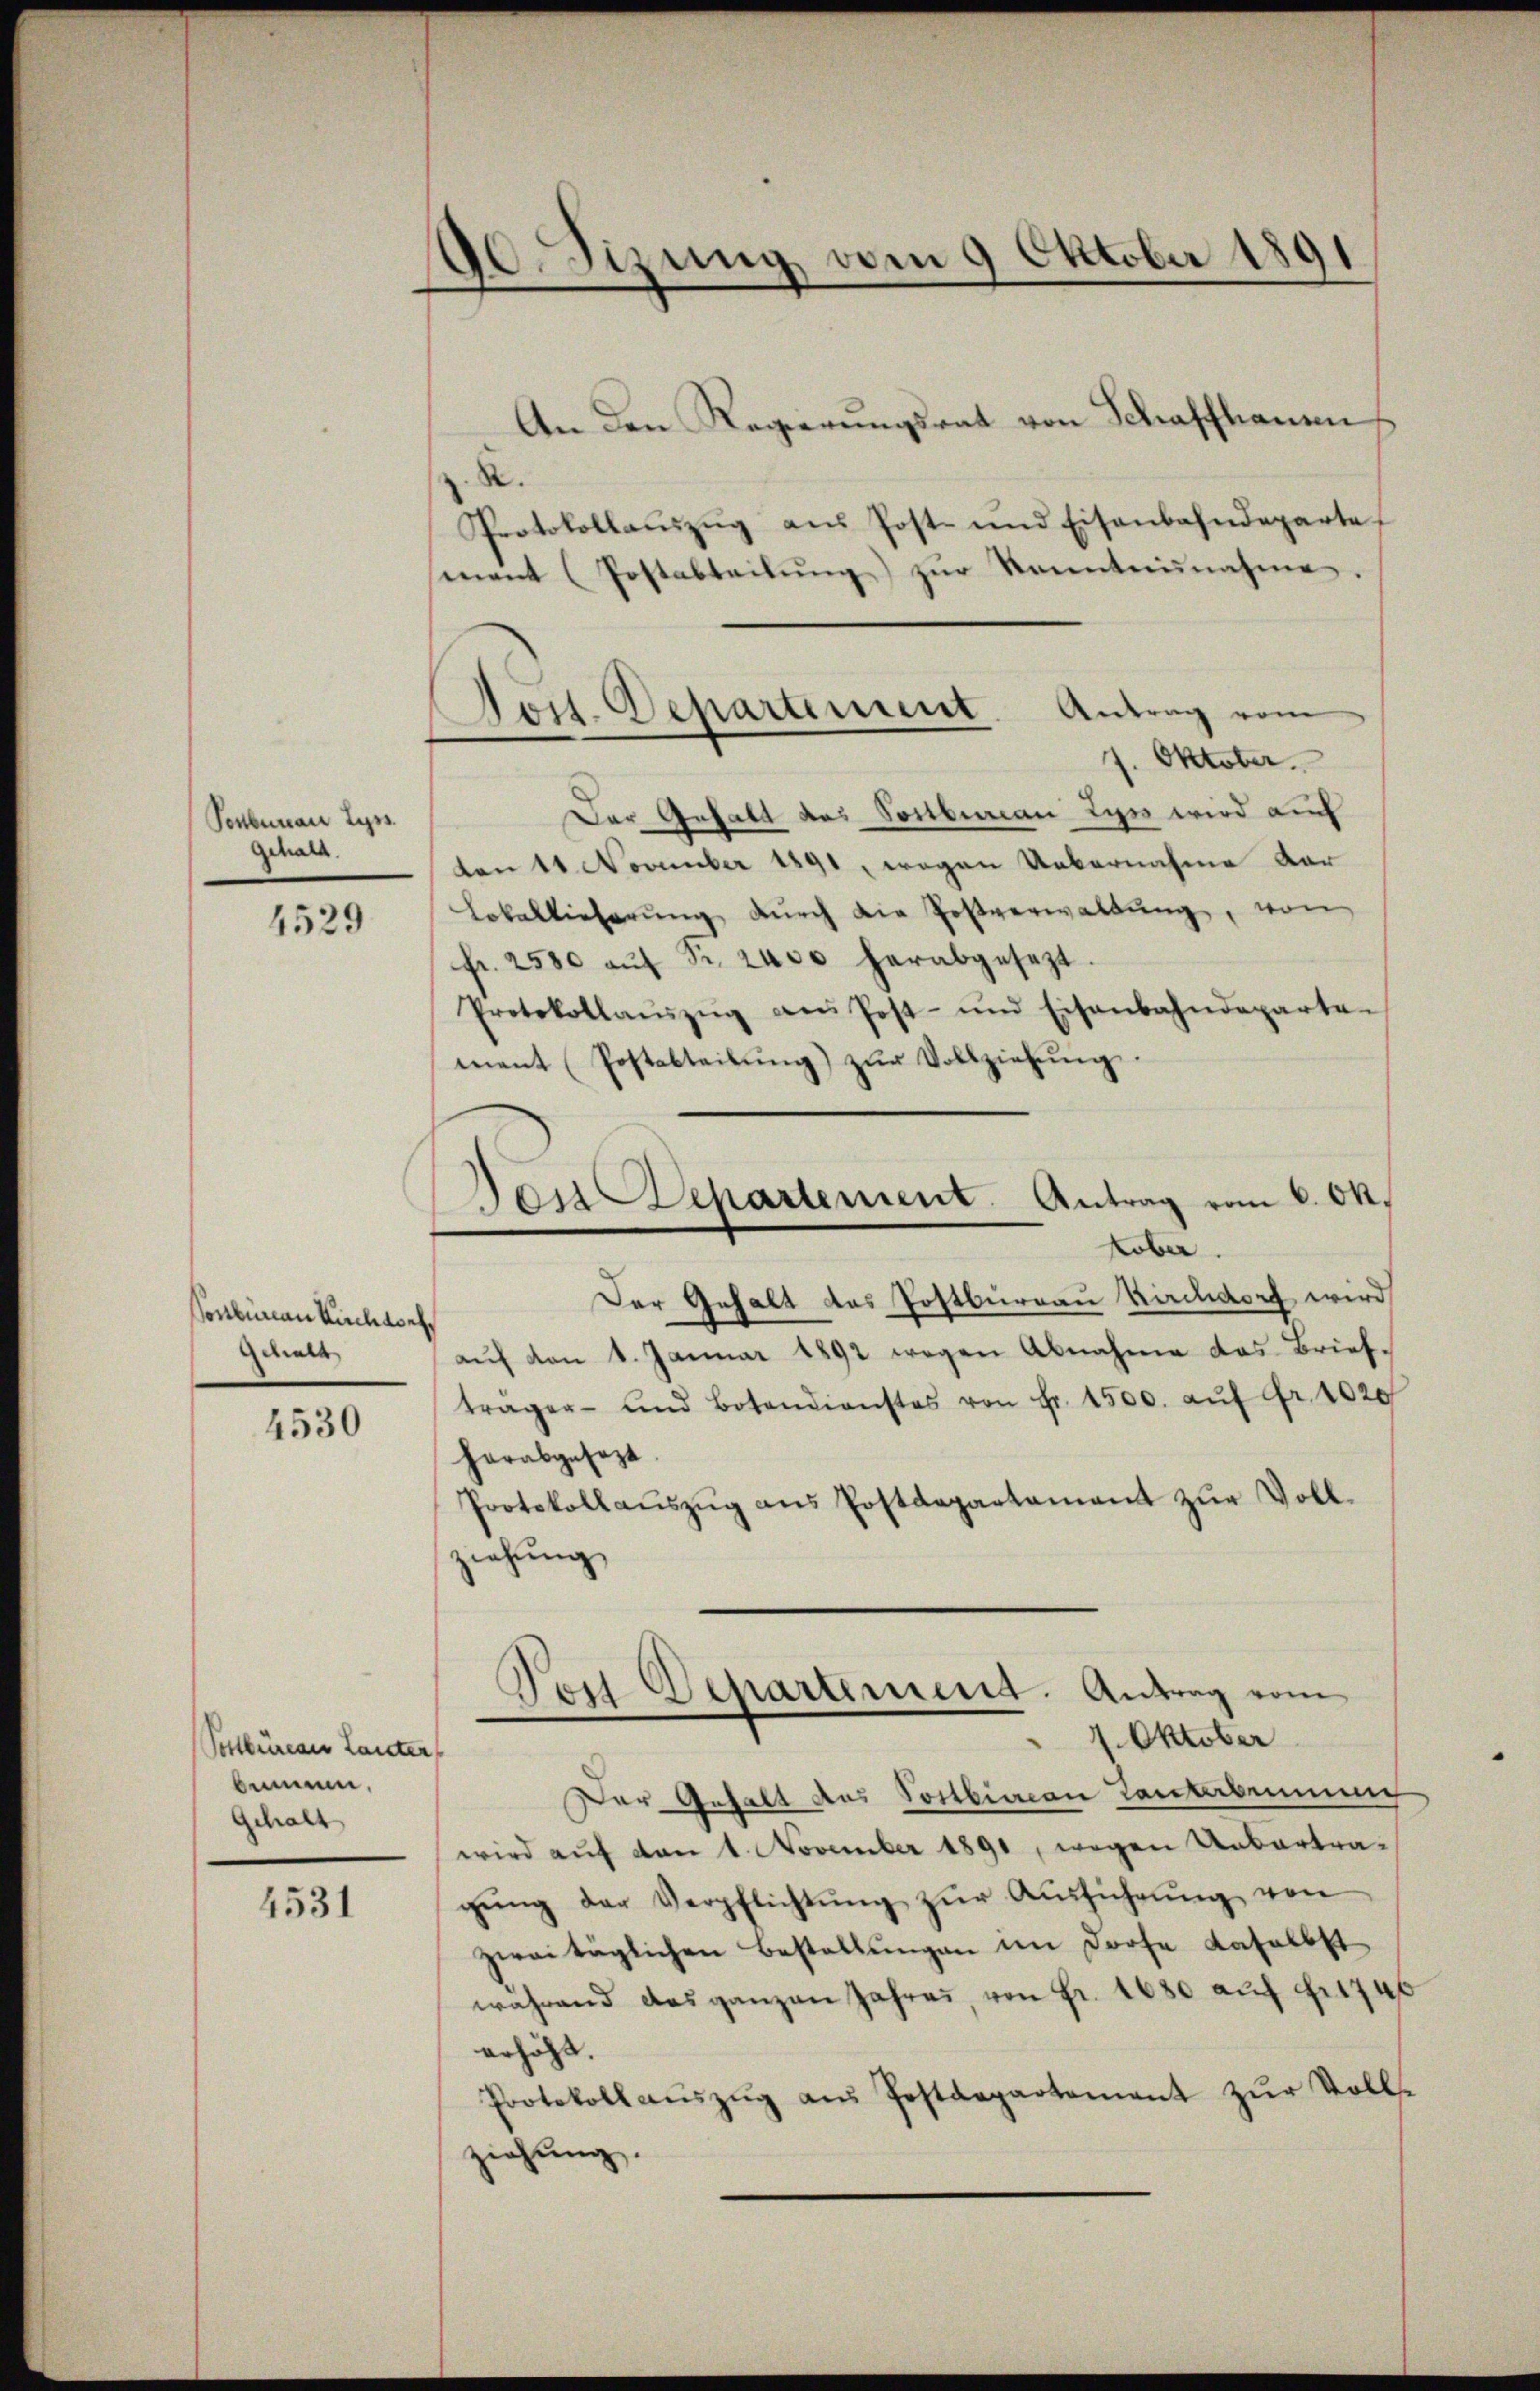
Ponberau Lyss.
gehalt.

4529

Conlurian Kirchgeeh
Gehalt

4530

Postbüreau Lauter
bimum.
Gehalt

4531

90. Sizung vom 9 Oktober 1891

An den Regierŭngsrat von Schaffhauen
2.
Protokollaŭszŭg aŭs Post- und Eisenbahndeparte
mant (Postabteilŭng zŭr Kenntnisnahme.
7. Oktober.
Der Gehalt des Sortbenan Lyss wird auch
ten 11. November 1891, wegen Uebernahme dar
Lokallieferŭng dŭrch die Postverwaltŭng, von
fr. 2500 aŭf Fr. 2400 herabgesezt
Protokollaŭszŭg aŭs Post- und Eisenbahndeparten
ment (Postabteilung) zur Vollziehung.
Kober.
Der Gehalt das Postburgau Kirchdorf wird
auf von 1. Januar 1892 wegen Abnahme das Briefträger- und Botendienstes von Fr. 1500. aŭf Fr. 1020
herabgesezt.
Protokollaŭszŭg ans Postdepartamant zŭr Voll-
ziehung
Por Departement. Antrag vom
1. Oktober
Der Gehalt des Sostbian Lanterbennung
wird auf den 1. November 1891, wegen Uebertra-
gŭng der Verpflichtŭng zŭr Aŭsführŭng von
zweitäglichen Bestallŭngen im Dorfe daselbst
während das ganzen Jahres, von Fr. 1680 auf Fr. 1740
erhöht.
Protokoll aŭszŭg aŭs Postdepartement zŭr Vollse
ziehung.

Post. Departement. Antrag vom

Das Departement. Antrag vom 6. Ok¬